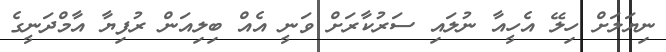
ނިޔަލަށް ހިލޭ އެހީއާ ނުލައި ސަރުކާރަށް ވަނީ އެއް ބިލިއަން ރުފިޔާ އާމްދަނީގެ